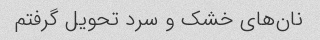
نان‌های خشک و سرد تحویل گرفتم